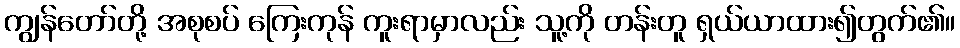
ကျွန်တော်တို့ အစုစပ် ကြေးကုန် ကူးရာမှာလည်း သူ့ကို တန်းတူ ရှယ်ယာထား၍တွက်၏။